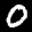
Label: 0